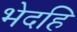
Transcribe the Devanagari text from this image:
भेदहि